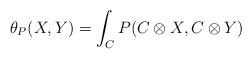
LaTeX: \begin{align*} \theta_{P}(X, Y) = \int_{C} P(C \otimes X, C \otimes Y) \end{align*}